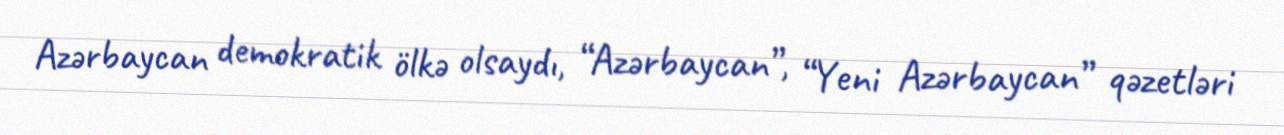
Azərbaycan demokratik ölkə olsaydı, “Azərbaycan”, “Yeni Azərbaycan” qəzetləri